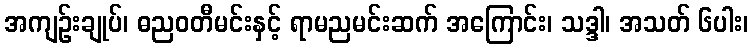
အကျဉ်းချုပ်၊ ဓညဝတီမင်းနှင့် ရာမညမင်းဆက် အကြောင်း၊ သဒ္ဒါ၊ အသတ် ၆ပါး၊